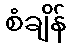
စံချိန်